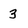
Character: 3